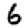
Digit: 6